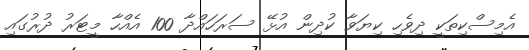
އެމިސްކިތަކީ ދިވެހި ކިޔަވާ ކުދިން އުޅޭ ސަރަހައްދާ 100 އެއްހާ މީޓަރު ދުރުގައި